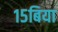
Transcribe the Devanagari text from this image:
१५बिया